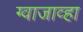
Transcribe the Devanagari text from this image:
ग्वाजाव्हा